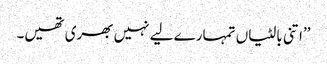
’’اتنی بالٹیاں تمہارے لیے نہیں بھری تھیں۔